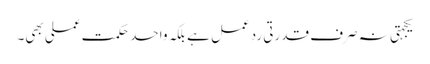
یکجہتی نہ صرف قدرتی ردِعمل ہے بلکہ واحد حکمتِ عملی بھی۔